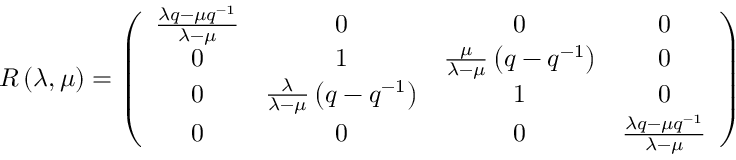
{ \cal R } \left( \lambda , \mu \right) = \left( \begin{array} { c c c c } { { \frac { \lambda q - \mu q ^ { - 1 } } { \lambda - \mu } } } & { { 0 } } & { { 0 } } & { { 0 } } \\ { { 0 } } & { { 1 } } & { { \frac \mu { \lambda - \mu } \left( q - q ^ { - 1 } \right) } } & { { 0 } } \\ { { 0 } } & { { \frac \lambda { \lambda - \mu } \left( q - q ^ { - 1 } \right) } } & { { 1 } } & { { 0 } } \\ { { 0 } } & { { 0 } } & { { 0 } } & { { \frac { \lambda q - \mu q ^ { - 1 } } { \lambda - \mu } } } \end{array} \right)